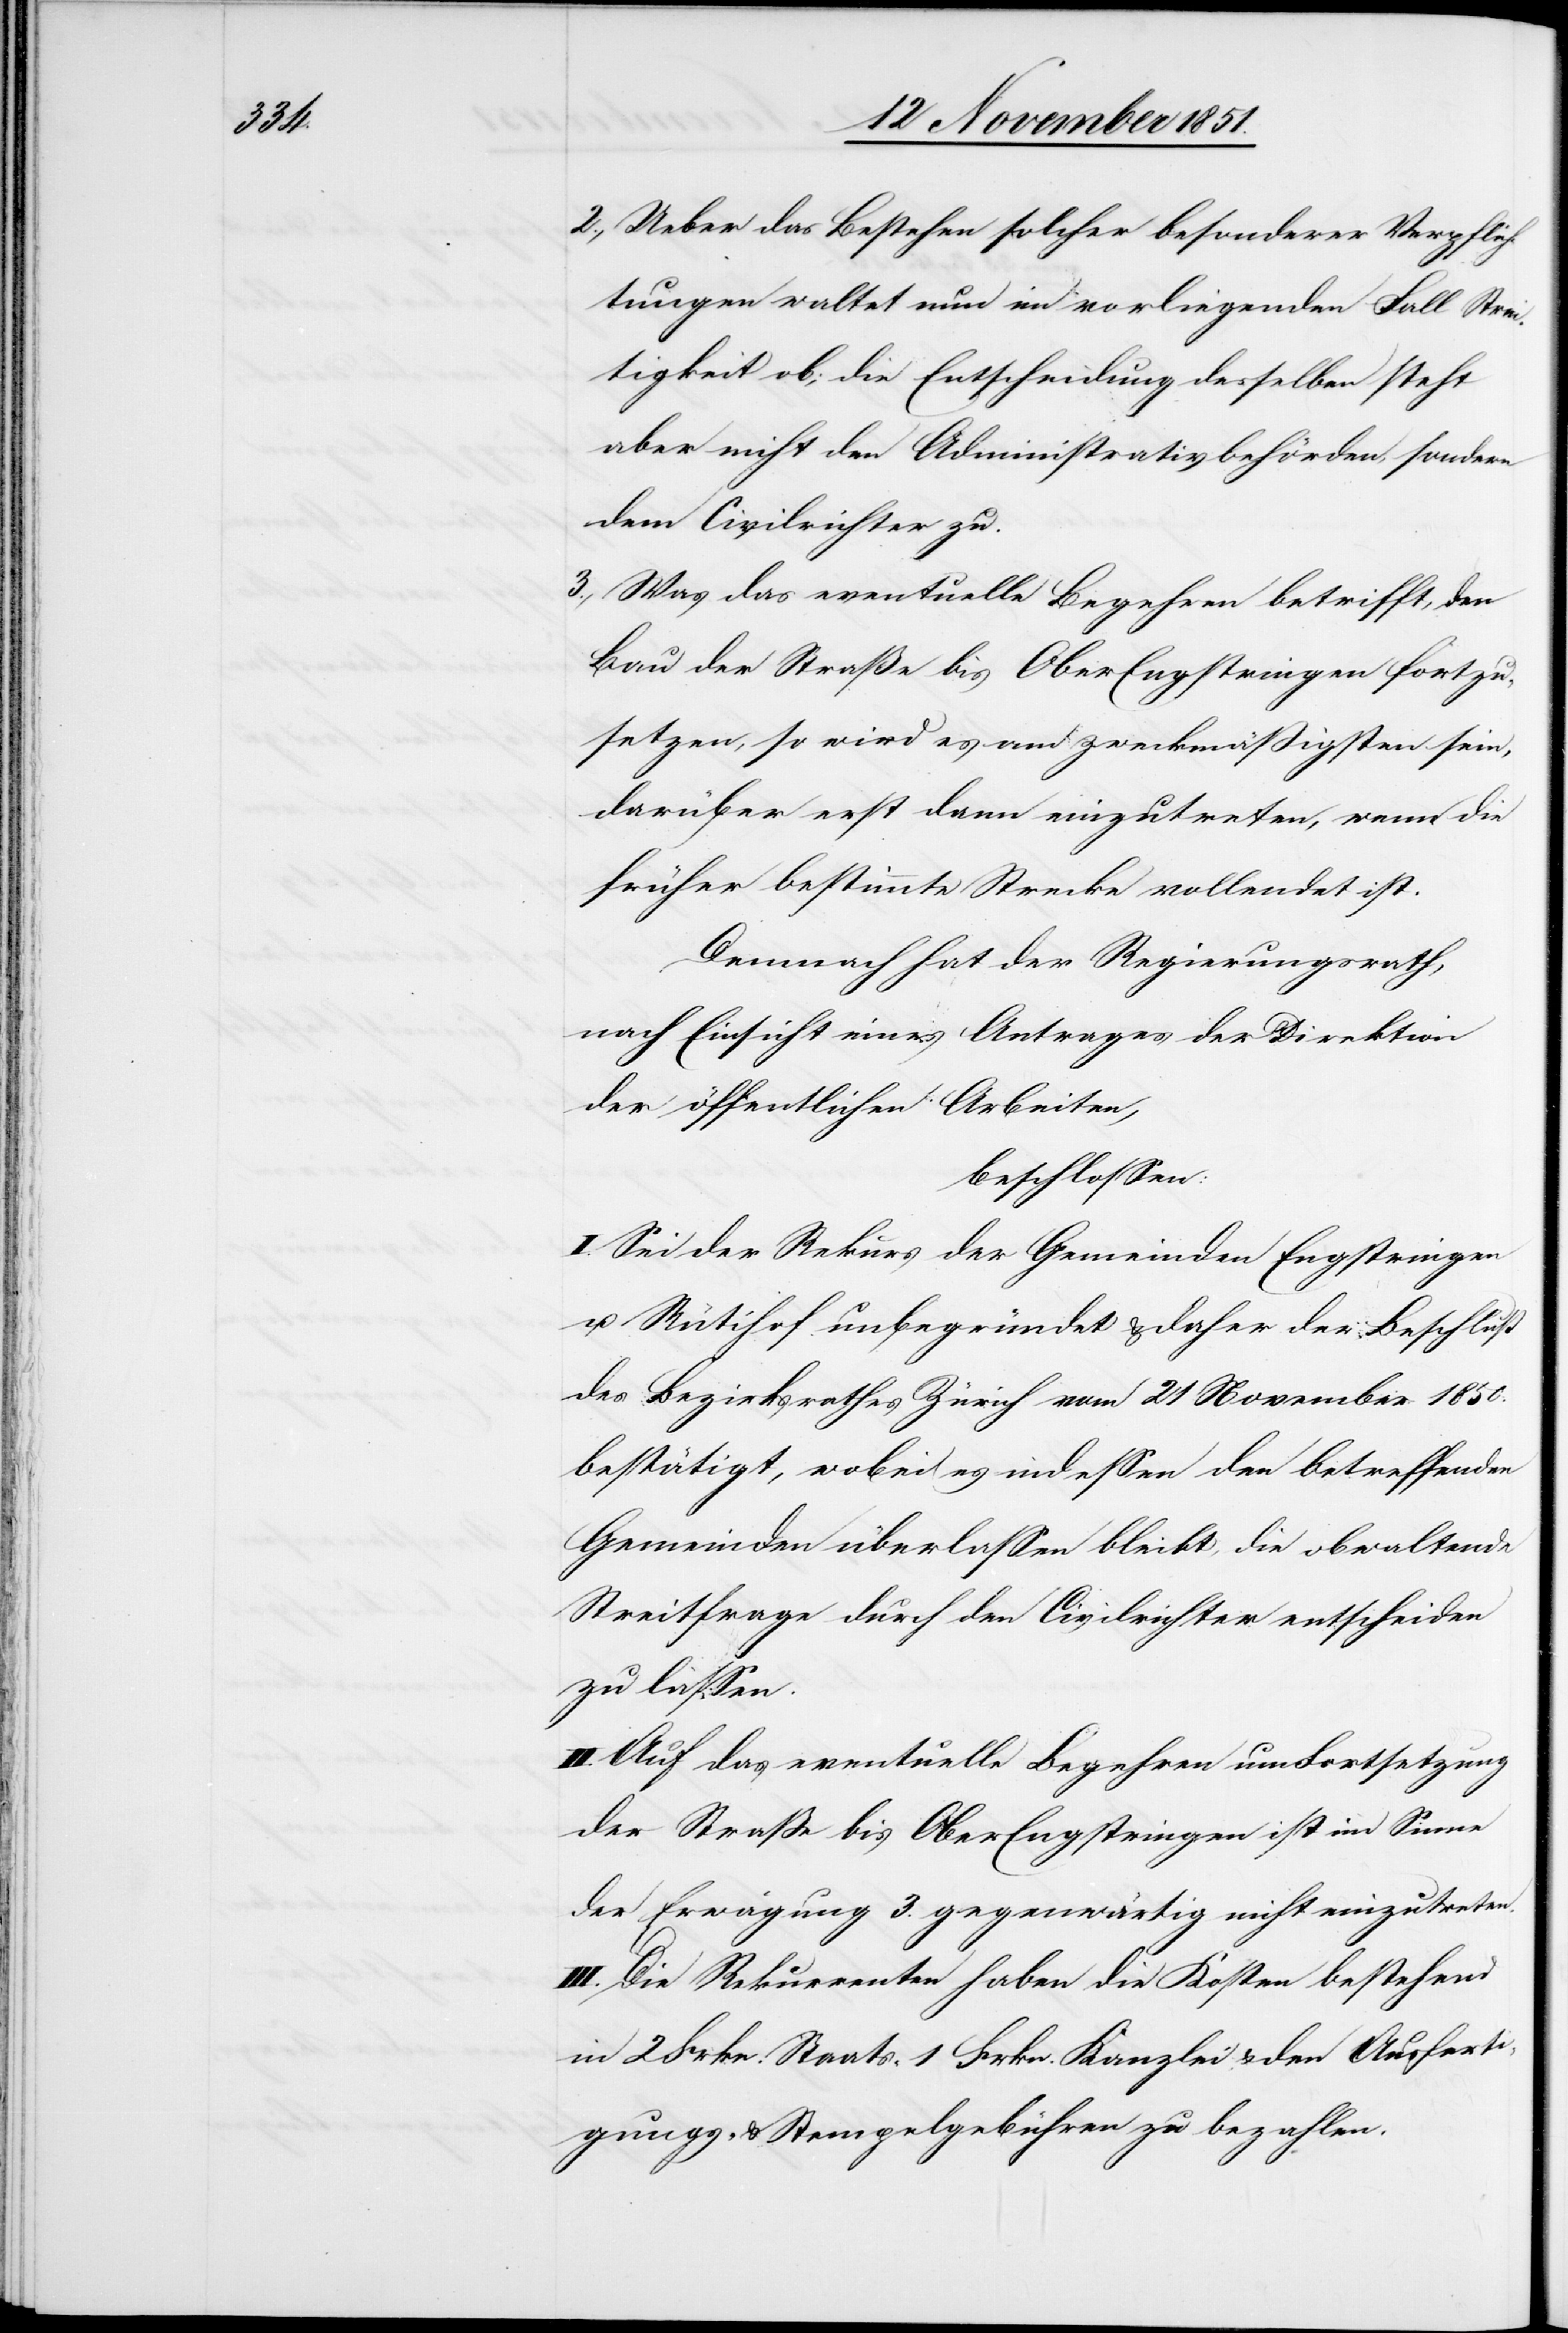
2.,

Ueber das Bestehen solcher besonderer Verpflich¬
tungen waltet nun im vorliegenden Fall Strei¬
tigkeit ob; die Entscheidung desselben steht
aber nicht den Administrativbehörden, sondern
dem Civilrichter zu.
Was das eventuelle Begehren betrifft, den
Bau der Straße bis OberEngstringen fortzu¬
setzen, so wird es am zweckmäßigsten sein,
darüber erst dann einzutreten, wenn die
früher bestimmte Strecke vollendet ist.
Demnach hat der Regierungsrath,
nach Einsicht eines Antrages der Direktion
der öffentlichen Arbeiten,
beschlossen:
I. Sei der Rekurs der Gemeinden Engstringen
u. Rütihof unbegründet & daher der Beschluß
des Bezirksrathes Zürich vom 21 November 1850.
bestätigt, wobei es indessen den betreffenden
Gemeinden überlassen bleibt, die obwaltende
Streitfrage durch den Civilrichter entscheiden
zu lassen.
Auf das eventuelle Begehren um Fortsetzung
der Straße bis OberEngstringen ist im Sinne
der Erwägung 3. gegenwärtig nicht einzutreten.
III. Die Rekurrenten haben die Kosten bestehend
in 2 Frkn. Staats-[,] 1 Frkn. Kanzlei[-] & den Ausferti¬
gungs- & Stempelgebühren zu bezahlen.